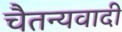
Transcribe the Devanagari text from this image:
चैतन्यवादी